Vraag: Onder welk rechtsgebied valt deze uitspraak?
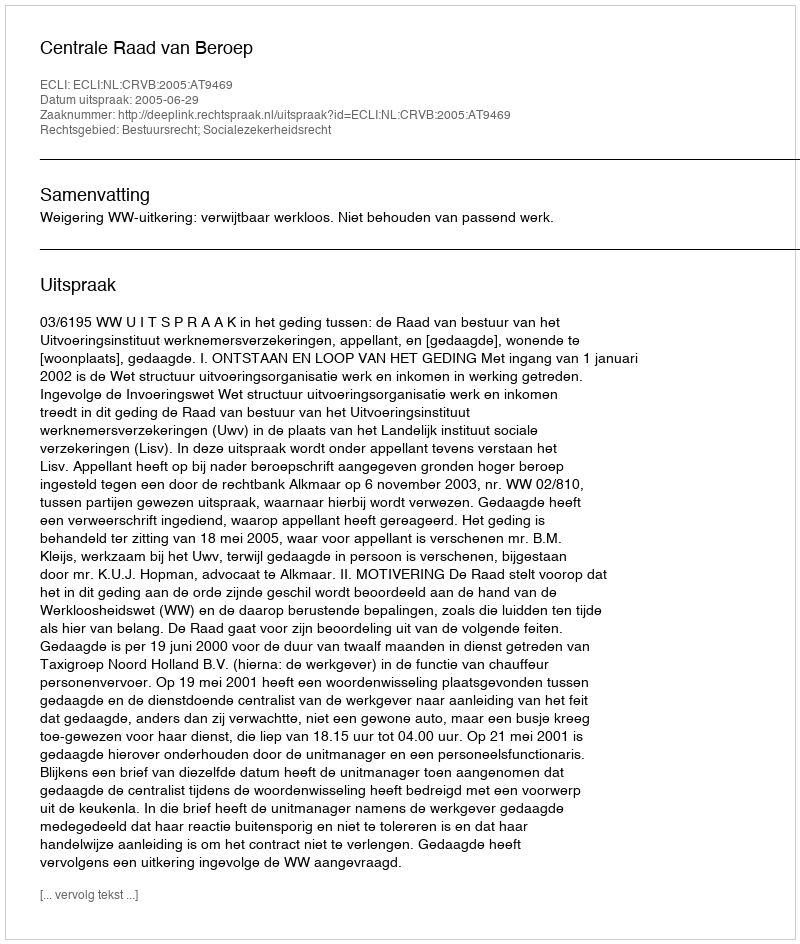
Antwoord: Bestuursrecht; Socialezekerheidsrecht